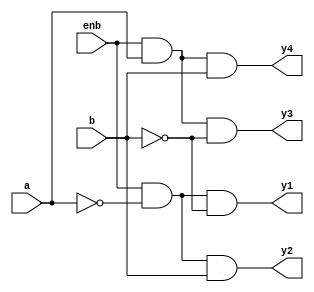
module twotofour_decoder(a,b,enb,y1,y2,y3,y4);

input a,b,enb;
output y1,y2,y3,y4;

assign y1 = (enb) & (~a) & (~b);
assign y2 = (enb)&(~a) & (b);
assign y3 = (enb)&(a) & (~b);
assign y4 = (enb)& (a) & (b);
endmodule